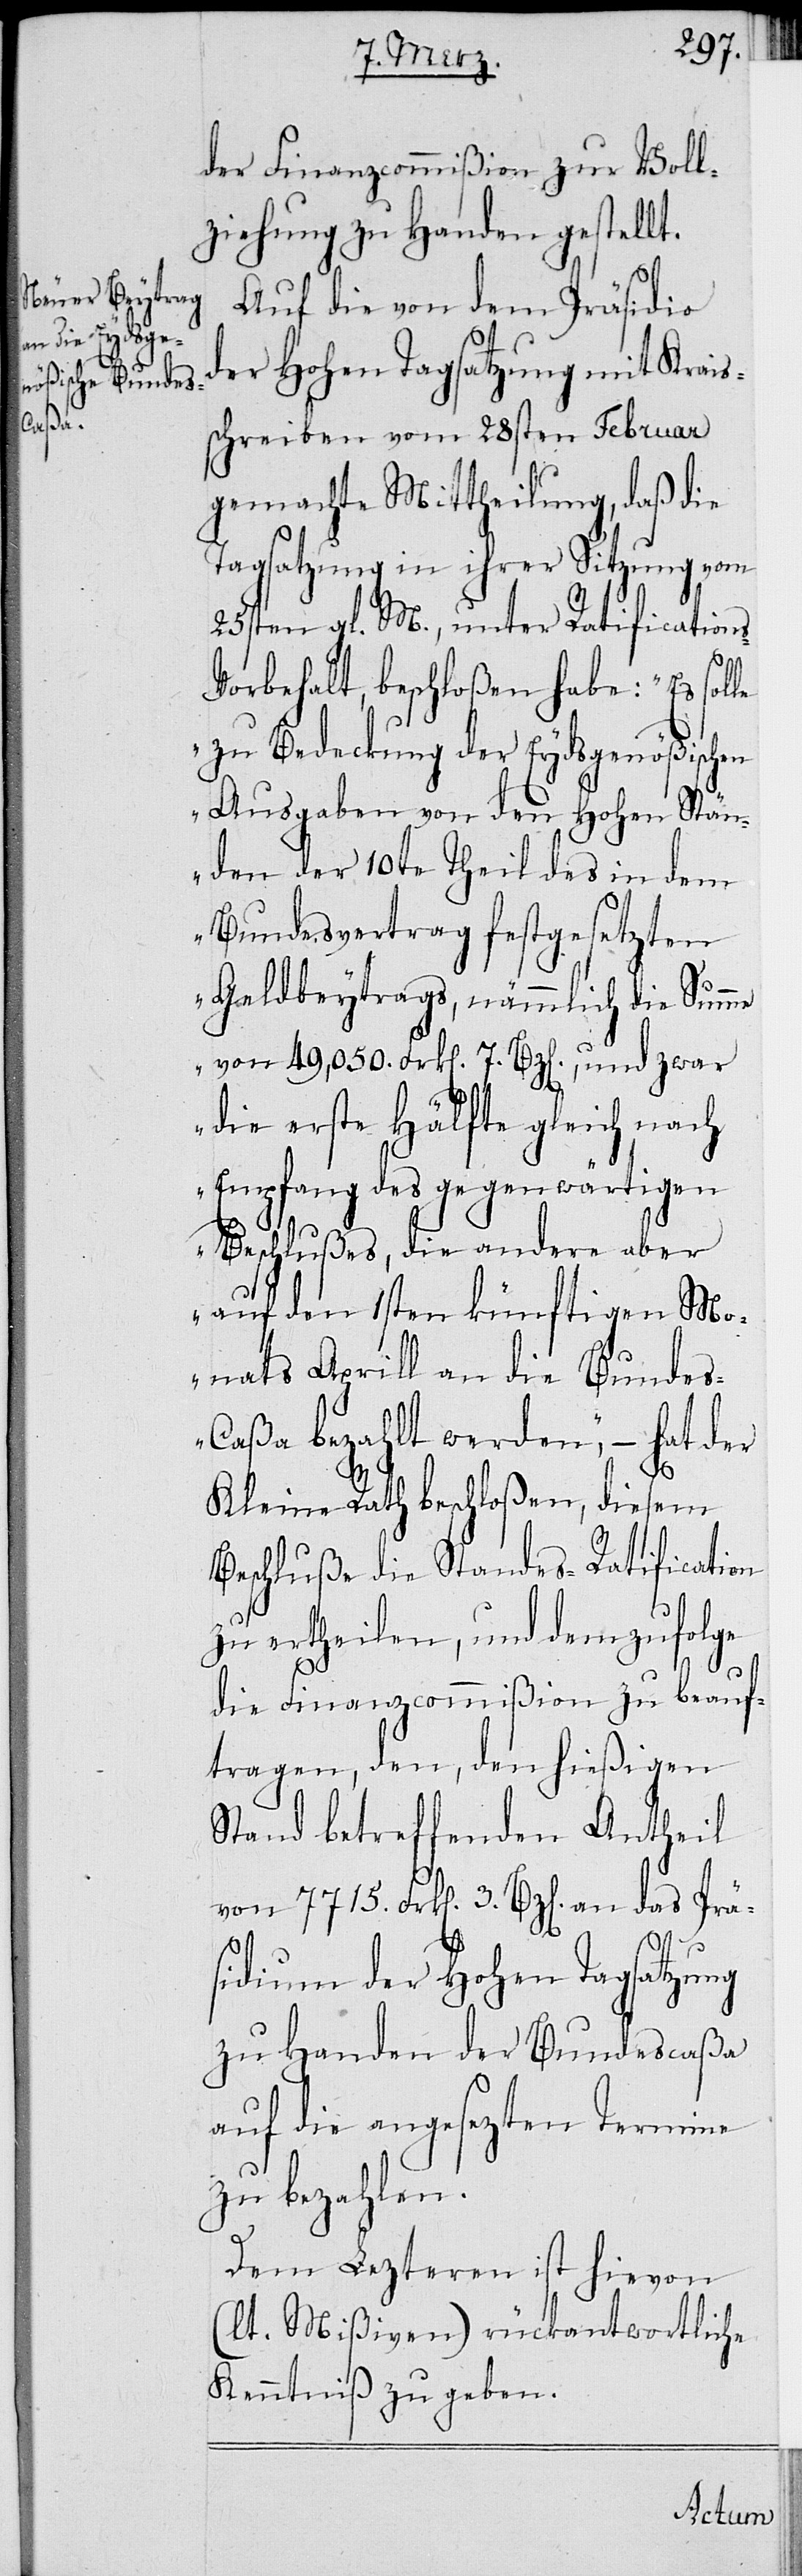
der Finanzcommißion zur Voll¬
ziehung zu Handen gestellt.
Auf die von dem Präsidio
der Hohen Tagsatzung mit Krais¬
schreiben vom 28sten Februar
gemachte Mittheilung, daß die
Tagsatzung in ihrer Sitzung vom
25sten gl. M., unter Ratification¬
orbehalt beschloßen habe: „Es
Prä¬
zu Bedeckung der Eydsgenößischen
Ausgaben von den Hohen Stän¬
den der 10te Theil des in dem
Bundesvertrag festgesetzten
Geldbeytrags, nämmlich die Summe
von 49,050. Frk[en]. 7. Bz[en]., und zwar
die erste Hälfte gleich nach
Empfang des gegenwärtigen
Beschlußes, die andere aber
auf den 1sten künftigen Mo¬
nats Aprill an die Bunde¬
s-Caßa bezahlt werden“, – hat der
Kleine Rath beschloßen, diesem
Beschluße die Standes-Ratification
zu ertheilen, und demzufolge
die Finanzcommißion zu beauf¬
tragen, den, den hießigen
Stand betreffenden Antheil
sidium der Hohen Tagsatzung
zu Handen der Bundescaßa
auf die angesezten Termine
zu bezahlen.
Dem Lezteren ist hievon
(lt. Mißiven) rückantwortliche
Kenntniß zu geben.